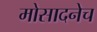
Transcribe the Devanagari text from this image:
मोसादनेच